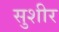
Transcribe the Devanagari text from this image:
सुशीर